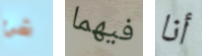
شئ فيهما أنا